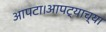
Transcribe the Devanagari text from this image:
आपटा।आपट्याच्या